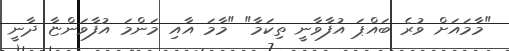
"މާމައަށް ވުރެ ބައްޕަ އުފާވާނީ ތިކަމާ" "މާމަ އާއި މަންމަ އުފާވަންޏާ ދާނީ